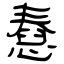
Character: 憃